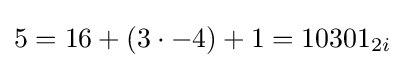
5=16+(3\cdot -4)+1=10301_{2i}